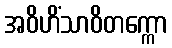
အဝိဟိံသာဝိတက္ကော